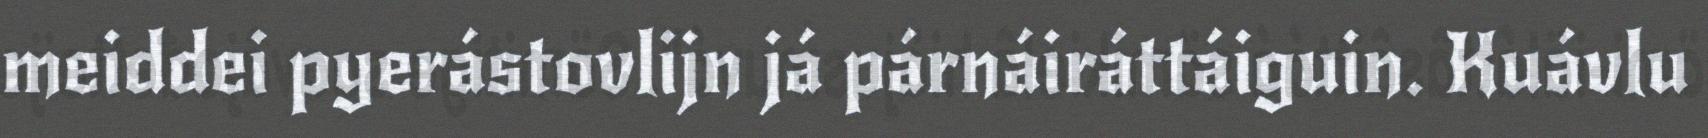
meiddei pyerástovlijn já párnáiráttáiguin. Kuávlu